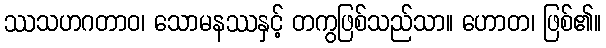
ဿသဟဂတာဝ၊ သောမနဿနှင့် တကွဖြစ်သည်သာ။ ဟောတ၊ ဖြစ်၏။